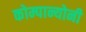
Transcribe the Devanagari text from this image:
कोम्पान्योनी